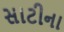
સાટીના